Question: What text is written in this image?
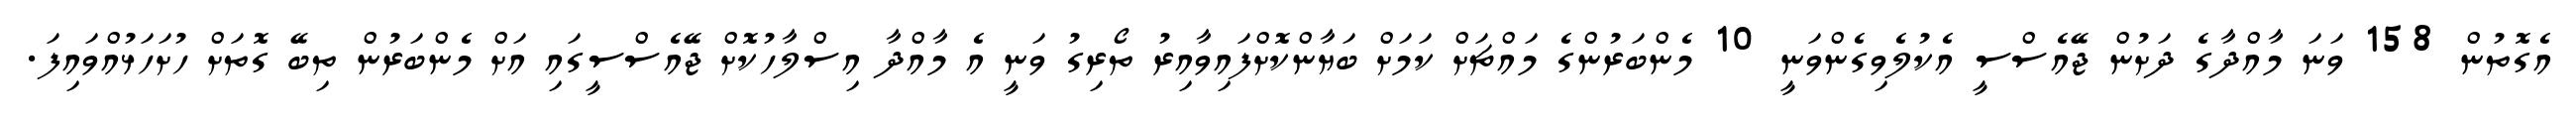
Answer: އެގޮތުން 158 ވަނަ މާއްދާގެ ދަށުން ޖޭއެސްސީ އެކުލެވިގެންވަނީ 10 މެންބަރުންގެ މައްޗަށް ކަމަށް ބަޔާންކޮށްފައިވާއިރު ތޯރިގު ވަނީ އެ މާއްދާ އިސްލާހުކޮށް ޖޭއެސްސީގައި އަށް މެންބަރުން ތިބޭ ގޮތަށް ހުށަހަޅުއްވައިފަ.